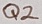
Text: Q2